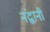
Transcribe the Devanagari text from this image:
नंद्वानी